Bréfritari: Sigríður Hallsdóttir
Viðtakandi: Jón Borgfirðings Jónsson
Dagsetning: A-1861-04-06
Skrifað á: Miðgrund  Rang.

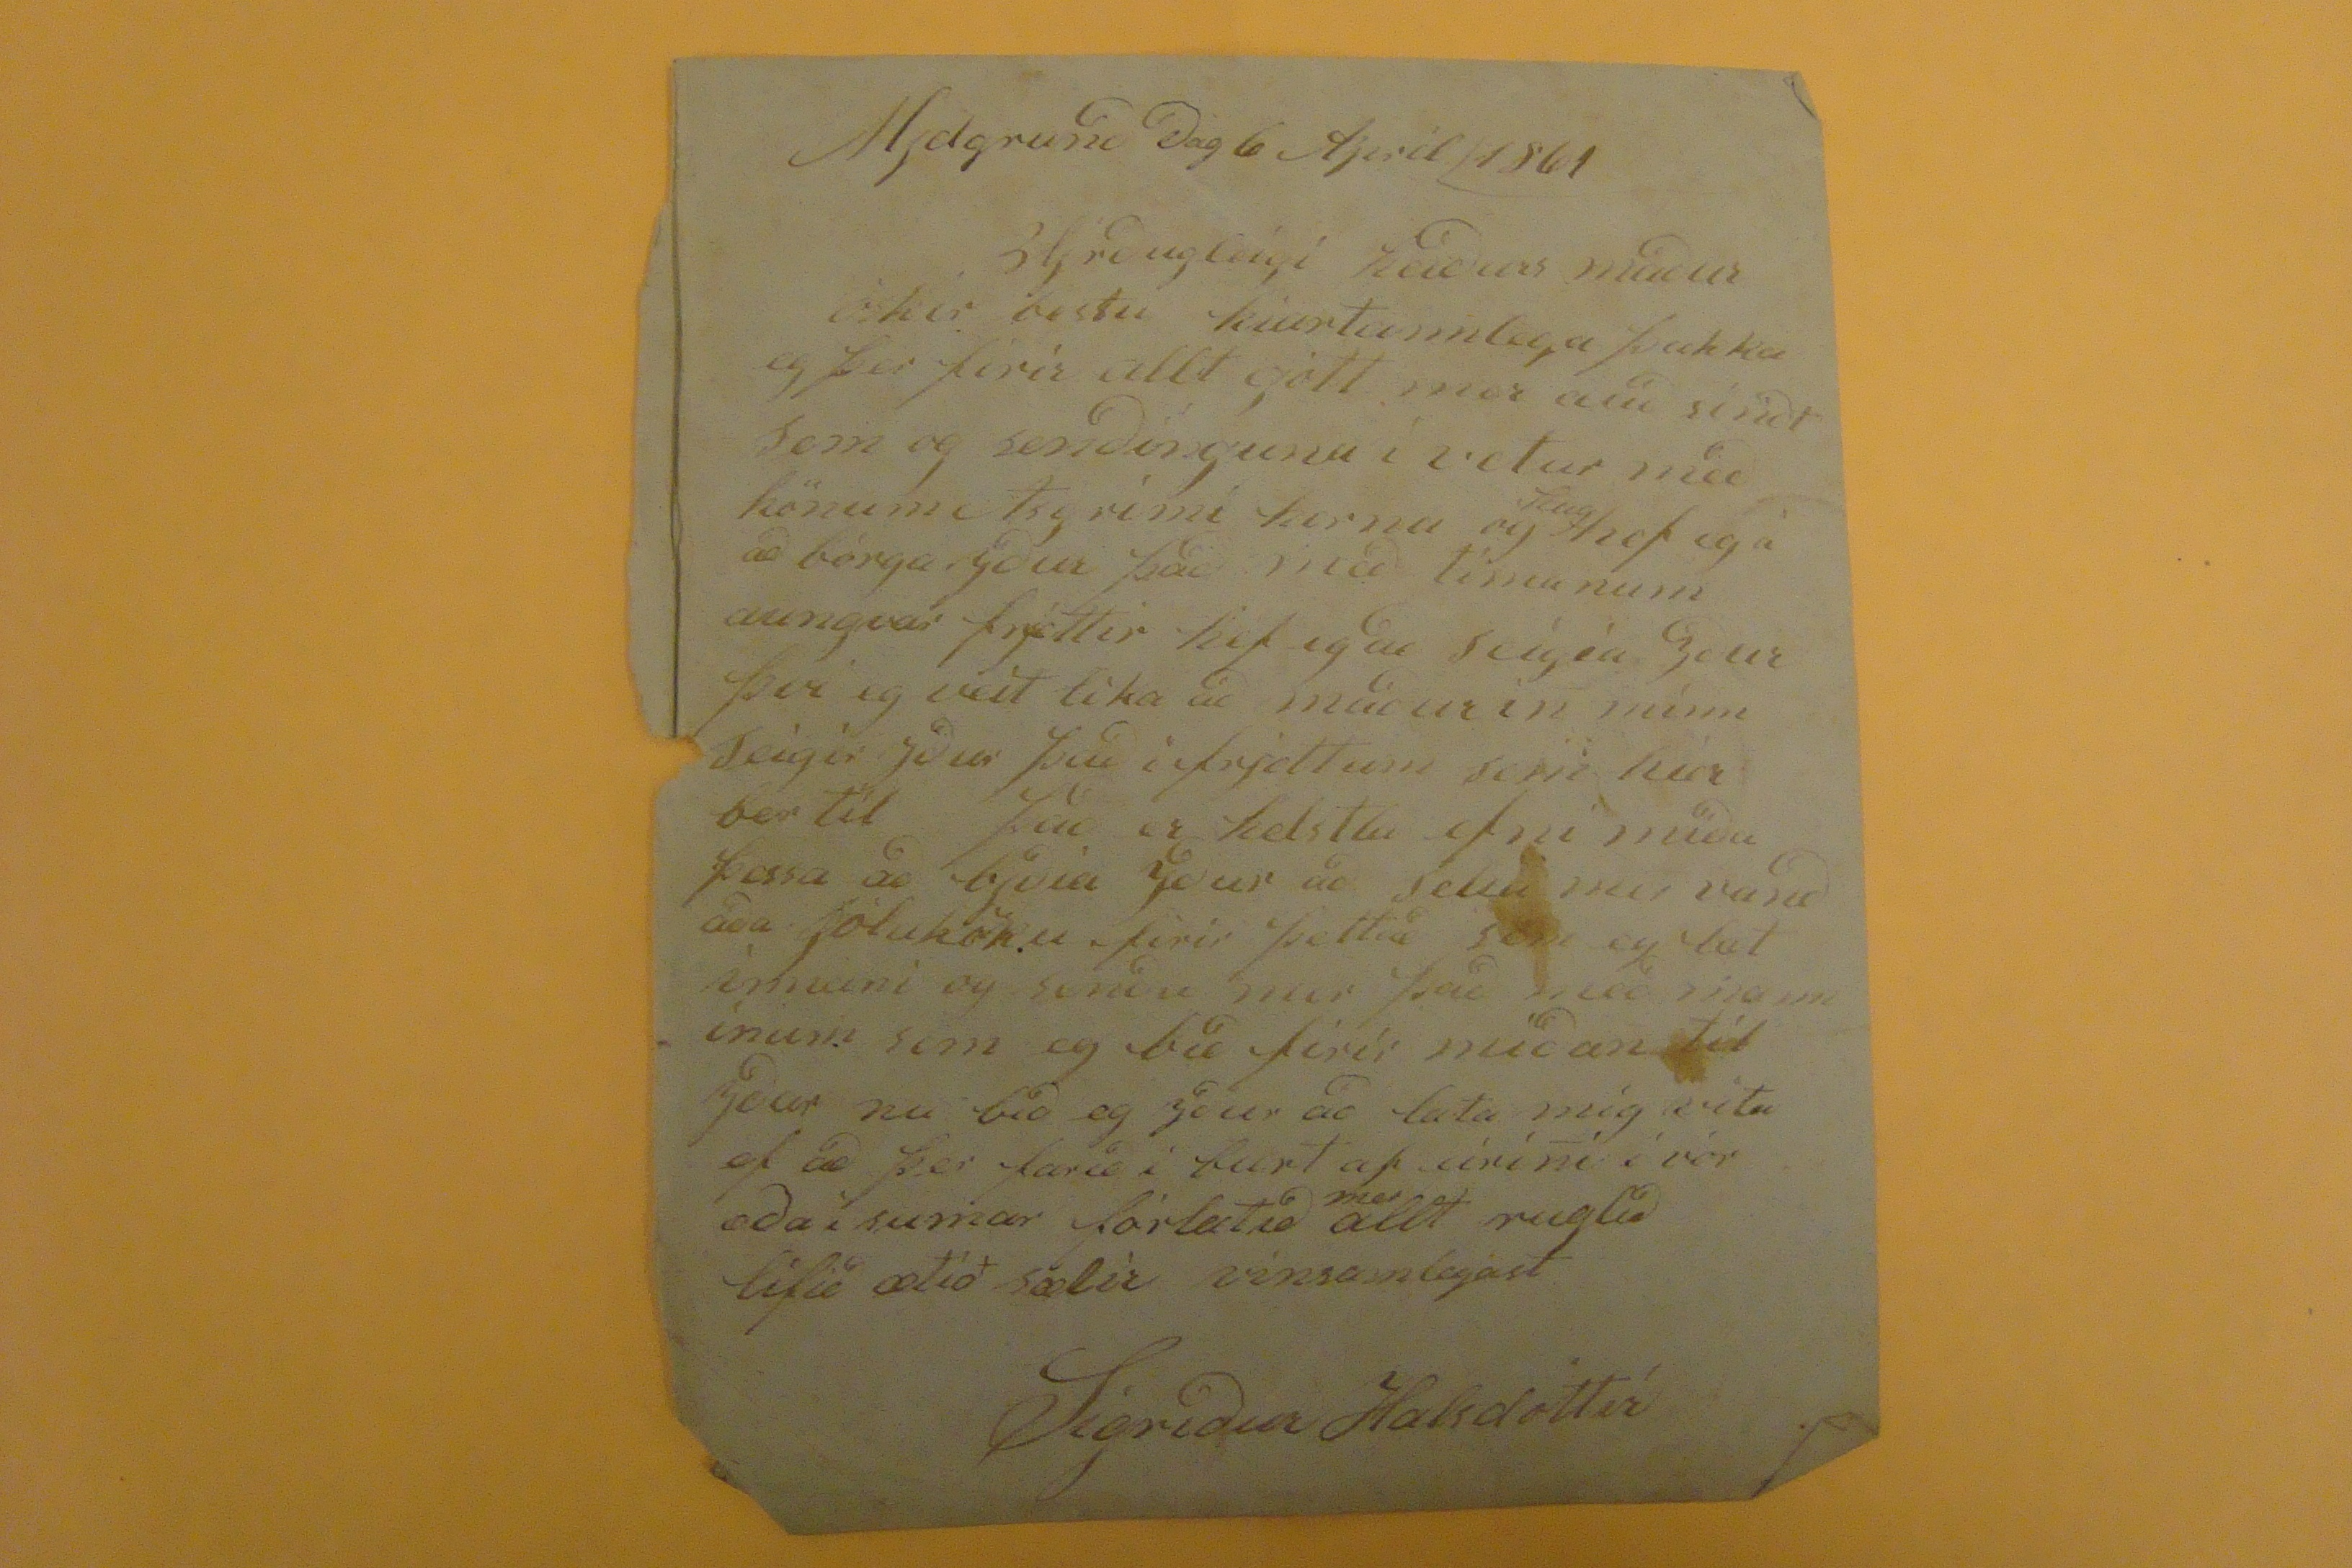

Mjdgrunð ðag 6 Apríl 1861
Vjrðuleigi heiðurs maður
óskir bestu hiartannlega þakka eg þer firir allt gott mer auðsínðt sem og senðinguna í vetur með hönum Asgrími herna og
hug
hef eg á að bórga yður það með tímanum aungvar frjettir hef eg að seigia yður því eg veit lika að maðurin minn Seigir yður það i frjettum sem hier ber til það er helstlu efni miða þessa að bjðia yður a selia mer vanðaða Jólaköku firir þettað sem eg læt ínnani og senðu mer það með manniinum sem eg bið firir miðan til yðar nu ibð eg yður að lata mig vita ef að þer farið i burt af
eirini
i vor eða i sumar fóratið
mer
allt ruglið lifi ætíð sælir vinsamlegast
Sigríður Halsdóttir